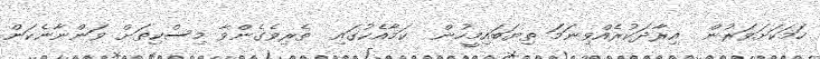
ހަމަކަށަވަރުން  އިރާދަކުރެއްވިނަމަަ ތިޔަބައިމީހުން  ކަމާއެކުގައި  ތެރިވެގެންވާ މިސްކިތަށް ވަންނާނެކަން